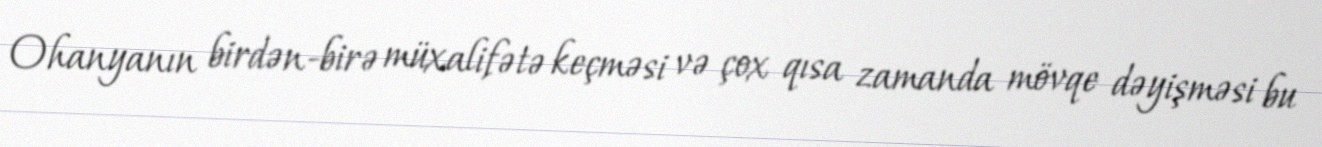
Ohanyanın birdən-birə müxalifətə keçməsi və çox qısa zamanda mövqe dəyişməsi bu